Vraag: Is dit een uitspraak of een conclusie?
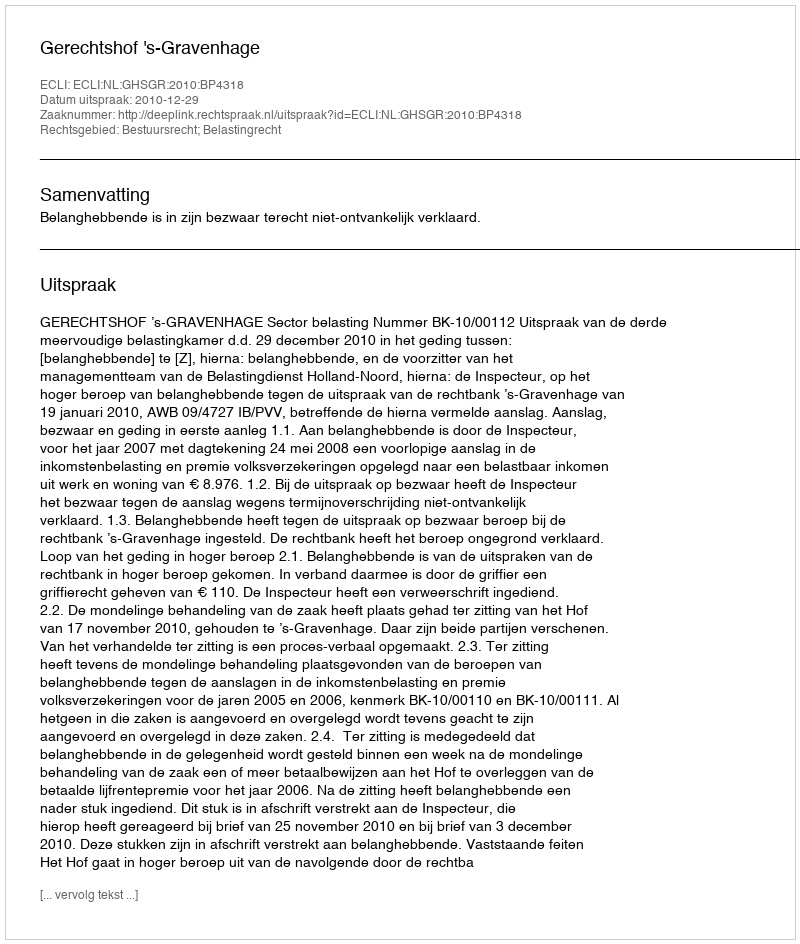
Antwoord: Uitspraak